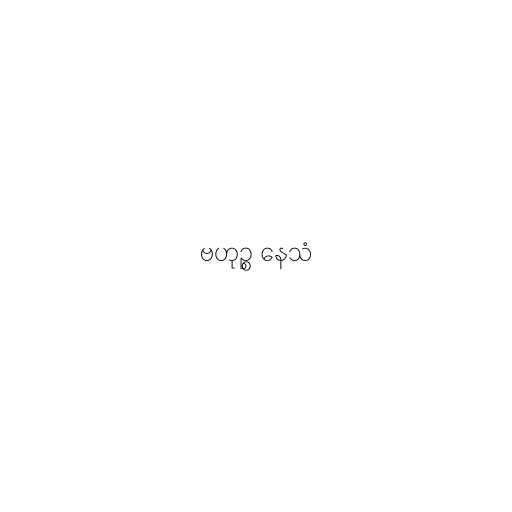
ဗဟုဉ္စ နေသံ